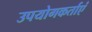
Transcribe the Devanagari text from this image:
उपयोगकर्ताएं